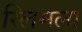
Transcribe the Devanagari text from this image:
स्लिमला